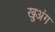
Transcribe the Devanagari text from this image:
खुअंग